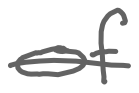
Text: of
Cross-out: single-line
Writing tool: digital_gray